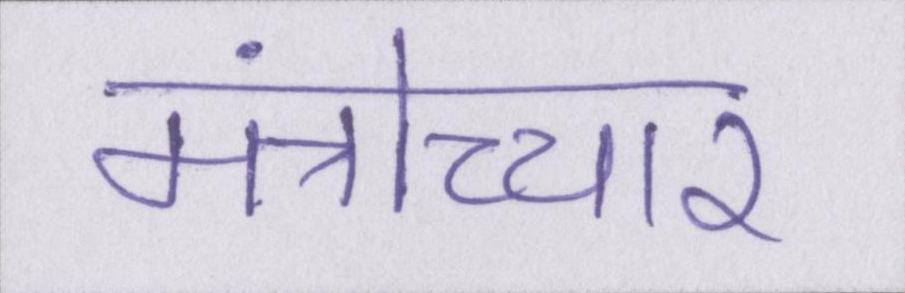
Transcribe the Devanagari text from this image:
मंत्रोच्चार